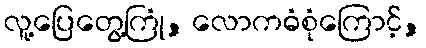
လူ့ပြေတွေ့ကြုံ, လောကဓံစုံကြောင့်,